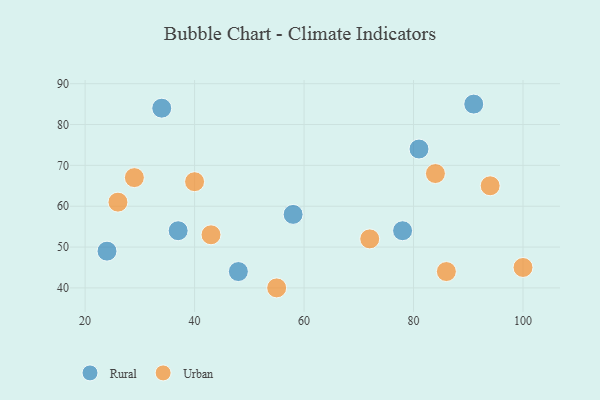
{"axis": {"x": "GDP", "y": "Life Expectancy"}, "legend": ["Rural", "Urban"], "data": [{"x": "58", "y": 58, "type": "Rural"}, {"x": "37", "y": 54, "type": "Rural"}, {"x": "34", "y": 84, "type": "Rural"}, {"x": "78", "y": 54, "type": "Rural"}, {"x": "91", "y": 85, "type": "Rural"}, {"x": "81", "y": 74, "type": "Rural"}, {"x": "48", "y": 44, "type": "Rural"}, {"x": "24", "y": 49, "type": "Rural"}, {"x": "40", "y": 66, "type": "Urban"}, {"x": "55", "y": 40, "type": "Urban"}, {"x": "29", "y": 67, "type": "Urban"}, {"x": "26", "y": 61, "type": "Urban"}, {"x": "94", "y": 65, "type": "Urban"}, {"x": "86", "y": 44, "type": "Urban"}, {"x": "100", "y": 45, "type": "Urban"}, {"x": "72", "y": 52, "type": "Urban"}, {"x": "43", "y": 53, "type": "Urban"}, {"x": "84", "y": 68, "type": "Urban"}]}